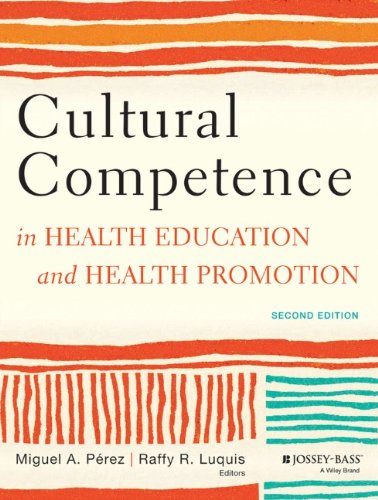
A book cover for Cultural Competence in Health Education and Health Promotion; Miguel A. PÃ©rez; Medical Books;